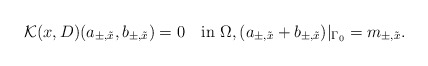
\begin{align*}\mathcal K(x,D)(a_{\pm,\tilde x},b_{\pm,\tilde x})=0\quad\mbox{in}\,\,\Omega,(a_{\pm,\tilde x}+b_{\pm,\tilde x})\vert_{\Gamma_0}=m_{\pm,\tilde x}.\end{align*}